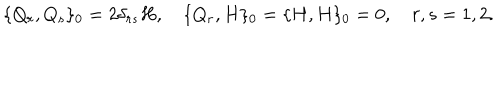
LaTeX: \{ Q _ { r } , Q _ { s } \} _ { 0 } = 2 \delta _ { r s } H , \quad \{ Q _ { r } , H \} _ { 0 } = \{ H , H \} _ { 0 } = 0 , \quad r , s = 1 , 2 .